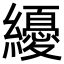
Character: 纋